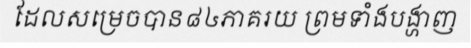
ដែលសម្រេចបាន៨៤ភាគរយ ព្រមទាំងបង្ហាញ